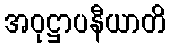
အဝုဋ္ဌာပနီယာတိ